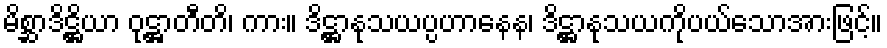
မိစ္ဆာဒိဋ္ဌိယာ ဝုဋ္ဌာတီတိ၊ ကား။ ဒိဋ္ဌာနုသယပ္ပဟာနေန၊ ဒိဋ္ဌာနုသယကိုပယ်သောအားဖြင့်။